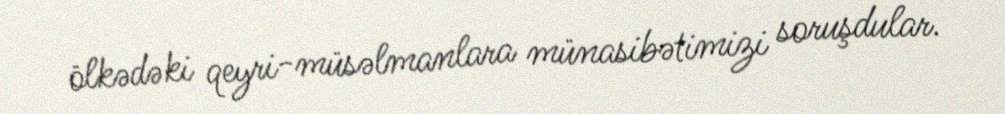
ölkədəki qeyri-müsəlmanlara münasibətimizi soruşdular.